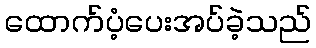
ထောက်ပံ့ပေးအပ်ခဲ့သည်